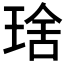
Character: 𤦜